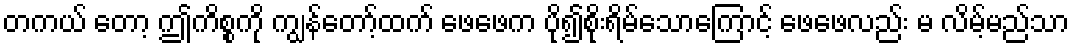
တကယ် တော့ ဤကိစ္စကို ကျွန်တော့်ထက် ဖေဖေက ပို၍စိုးရိမ်သောကြောင့် ဖေဖေလည်း မ လိမ့်မည်သာ